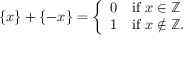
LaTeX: \{ x \} + \{ - x \} = { \left\{ \begin{array} { l l } { 0 } & { { \mathrm { i f ~ } } x \in \mathbb { Z } } \\ { 1 } & { { \mathrm { i f ~ } } x \not \in \mathbb { Z } . } \end{array} \right. }